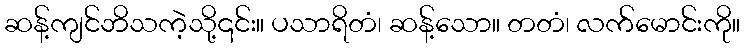
ဆန့်ကျင်ဘိသကဲ့သို့၎င်း။ ပသာရိတံ၊ ဆန့်သော။ တတံ၊ လက်မောင်းကို။